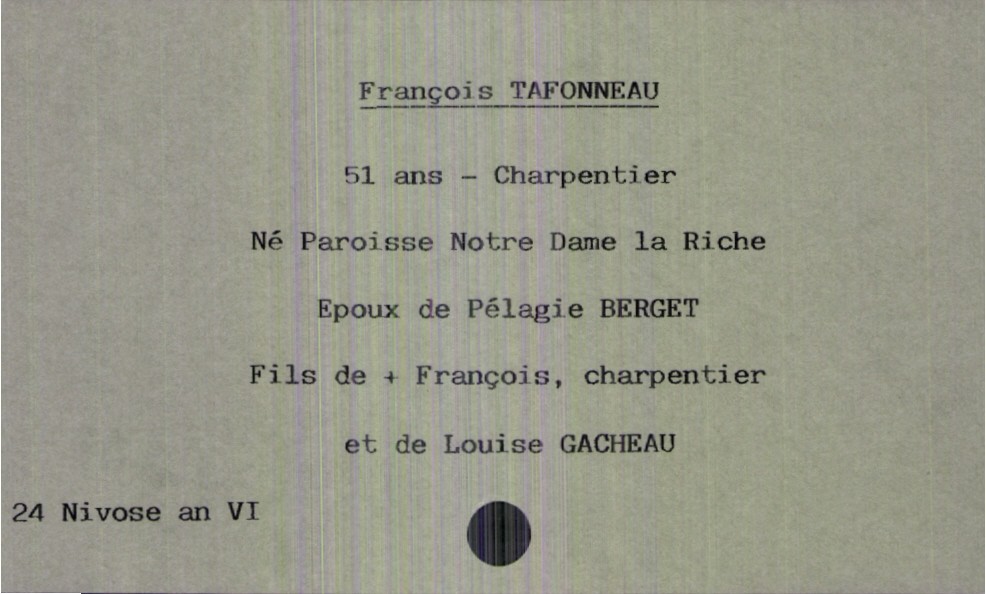
type_acte: Décès
année: an VI
mois: nivose
jour: 24
défunt_nom: Tafonneau
défunt_prénom: François
défunt_sexe: H
défunt_âge: 51 ans
défunt_profession: charpentier
défunt_lieu_de_naissance: Paroisse Notre Dame la Riche
défunt_statut: marié(e)
père_défunt_nom: Tafonneau
père_défunt_prénom: François
père_défunt_profession: charpentier
père_défunt_statut: décédé
mère_défunt_nom: Gacheau
mère_défunt_prénom: Louise